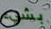
بشيء